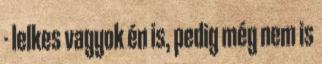
- lelkes vagyok én is, pedig még nem is